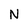
Character: N